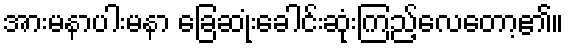
အားမနာပါးမနာ ခြေဆုံးခေါင်းဆုံးကြည့်လေတော့၏။